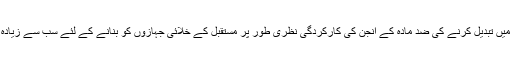
مادّے کو توانائی میں تبدیل کرنے کی ضد مادّہ کے انجن کی کارکردگی نظری طور پر مستقبل کے خلائی جہازوں کو بنانے کے لئے سب سے زیادہ لبھانے والی ہے۔